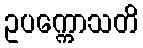
ဥပက္ကောသတိ